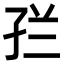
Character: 𭓀